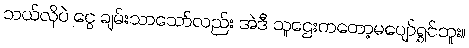
ဘယ်လိုပဲ ငွေ ချမ်းသာသော်လည်း အဲဒီ သူဌေးကတော့မပျော်ရွှင်ဘူး။